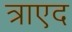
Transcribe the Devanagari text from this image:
त्राएद